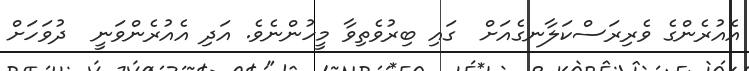
އެއުރެންގެ ވެރިރަސްކަލާނގެއަށް  ގައި ބިރުވެތިވާ މީހުންނެވެ. އަދި އެއުރެންވަނީ  ދުވަހަށް